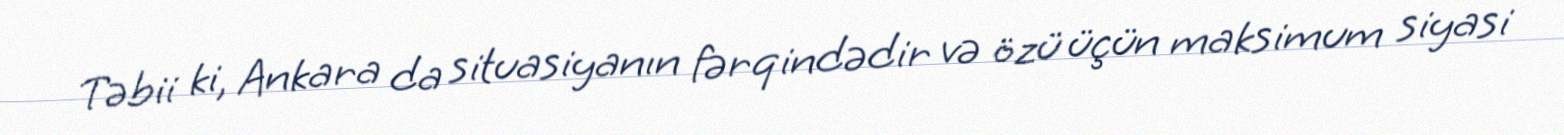
Təbii ki, Ankara da situasiyanın fərqindədir və özü üçün maksimum siyasi